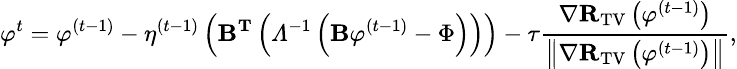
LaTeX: \small{\varphi}^{t}={\varphi}^{(t-1)}-\eta^{(t-1)}\left(\mathbf{B}^{\mathbf{T}}\left(\varLambda^{-1}\left(\mathbf{B}{\varphi}^{(t-1)}-\Phi\right)\right)\right)-\tau\frac{\nabla\mathbf{R}_{\mathrm{TV}}\left({\varphi}^{(t-1)}\right)}{\left\| \nabla\mathbf{R}_{\mathrm{TV}}\left({\varphi}^{(t-1)}\right)\right\| },